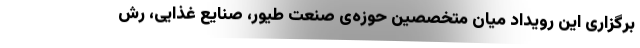
برگزاری این رویداد میان متخصصین حوزه‌ی صنعت طیور، صنایع غذایی، رش